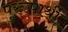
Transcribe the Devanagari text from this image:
पुरूषार्थी